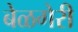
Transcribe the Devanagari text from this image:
बेळगेरी